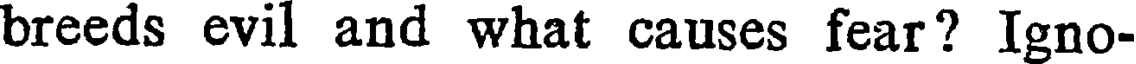
breeds evil and what causes fear? Igno-